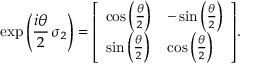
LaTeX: \exp \left( { \frac { i \theta } { 2 } } \, \sigma _ { 2 } \right) = { \left[ \begin{array} { l l } { \cos \left( { \frac { \theta } { 2 } } \right) } & { - \sin \left( { \frac { \theta } { 2 } } \right) } \\ { \sin \left( { \frac { \theta } { 2 } } \right) } & { \cos \left( { \frac { \theta } { 2 } } \right) } \end{array} \right] } .